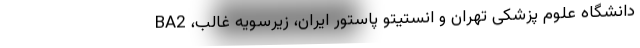
دانشگاه علوم پزشکی تهران و انستیتو پاستور ایران، زیرسویه غالب، BA2